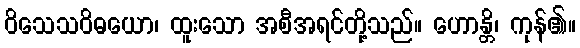
ဝိသေသဝိဓယော၊ ထူးသော အစီအရင်တို့သည်။ ဟောန္တိ၊ ကုန်၏။